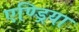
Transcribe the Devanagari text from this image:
एण्ड्रिया